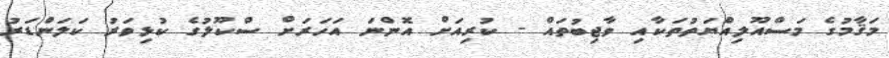
މަޤާމުގެ މަސްއޫލިއްޔަތުތަކާއި ވާޖިބުތައް - ކުރިއަށް އޮންނަ އަހަރަށް ސްކޫލުގެ ކުޅިވަރު ކަލަންޑަރު